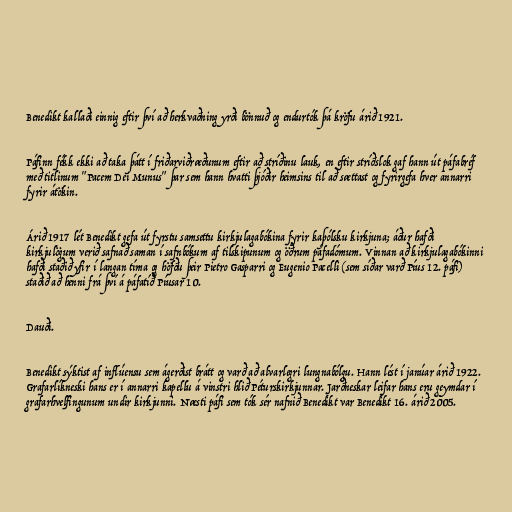
Benedikt kallaði einnig eftir því að herkvaðning yrði bönnuð og endurtók þá kröfu árið 1921.

Páfinn fékk ekki að taka þátt í friðarviðræðunum eftir að stríðinu lauk, en eftir stríðslok gaf hann út páfabréf
með titlinum "Pacem Dei Munus" þar sem hann hvatti þjóðir heimsins til að sættast og fyrirgefa hver annarri
fyrir átökin.

Árið 1917 lét Benedikt gefa út fyrstu samsettu kirkjulagabókina fyrir kaþólsku kirkjuna; áður hafði
kirkjulögum verið safnað saman í safnbókum af tilskipunum og öðrum páfadómum. Vinnan að kirkjulagabókinni
hafði staðið yfir í langan tíma og höfðu þeir Pietro Gasparri og Eugenio Pacelli (sem síðar varð Píus 12. páfi)
staðið að henni frá því á páfatíð Píusar 10.

Dauði.

Benedikt sýktist af inflúensu sem ágerðist brátt og varð að alvarlegri lungnabólgu. Hann lést í janúar árið 1922.
Grafarlíkneski hans er í annarri kapellu á vinstri hlið Péturskirkjunnar. Jarðneskar leifar hans eru geymdar í
grafarhvelfingunum undir kirkjunni. Næsti páfi sem tók sér nafnið Benedikt var Benedikt 16. árið 2005.